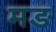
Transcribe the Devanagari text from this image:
मङ